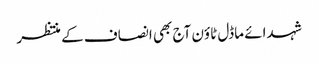
شہدائے ماڈل ٹاؤن آج بھی انصاف کے منتظر